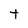
Character: t